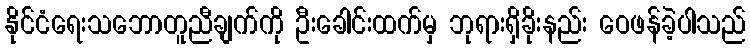
နိုင်ငံရေးသဘောတူညီချက်ကို ဦးခေါင်းထက်မှ ဘုရားရှိခိုးနည်း ဝေဖန်ခဲ့ပါသည်